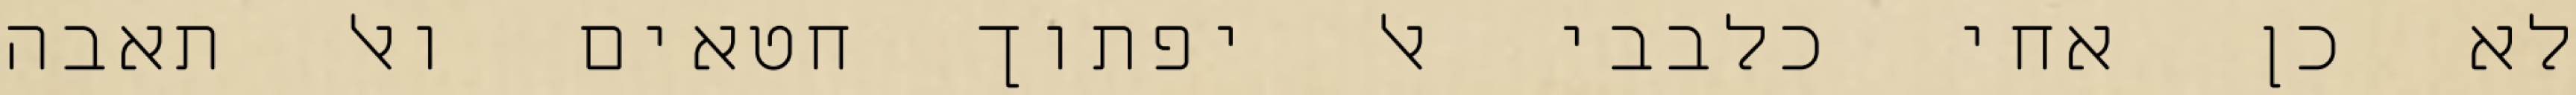
לא כן אחי כלבבי אל יפתוך חטאים ואל תאבה